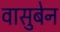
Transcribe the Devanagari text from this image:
वासुबेन